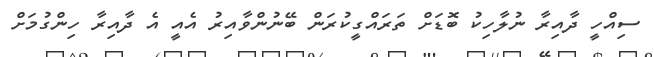
ސިއްހީ ދާއިރާ ނުލާހިކު ބޮޑަށް ތަރައްގީކުރަން ބޭނުންވާއިރު އެއީ އެ ދާއިރާ ހިންގުމަށް